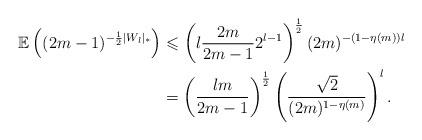
LaTeX: \begin{align*} \mathbb{E}\left((2m-1)^{-\frac12|W_l|_*}\right)&\leqslant \left(l \frac{2m}{2m-1} 2^{l-1}\right)^{\frac12}(2m)^{-(1-{\eta(m)})l}\\ &= \left(\frac{lm}{2m-1} \right)^{\frac12}\left(\frac{\sqrt2}{(2m)^{1-{\eta(m)}}}\right)^l. \end{align*}